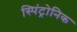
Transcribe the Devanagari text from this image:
स्पिंट्रोनिक